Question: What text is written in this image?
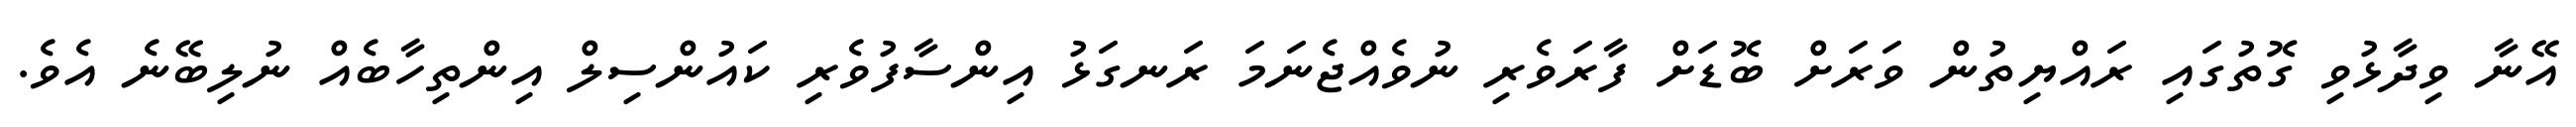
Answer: އޭނާ ވިދާޅުވި ގޮތުގައި ރައްޔިތުން ވަރަށް ބޮޑަށް ފާރަވެރި ނުވެއްޖެނަމަ ރަނގަޅު އިންސާފުވެރި ކައުންސިލް އިންތިހާބެއް ނުލިބޭނެ އެވެ.